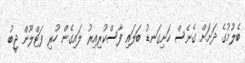
ބެލުމުގެ ދަށަށް ގެނެސް ހަށިގަނޑު ބަލައި ފާސްކުރިއިރު ލައިގެން ހުރި ފަޓްލޫން ޖީބު